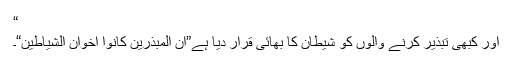
“
اور کبھى تبذير کرنے والوں کو شيطان کا بھائى قرار ديا ہے”ان المبذرين کانوا اخوان الشياطين“۔